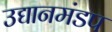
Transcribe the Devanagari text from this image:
उद्यानमंडप